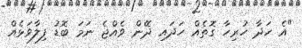
"އެ ހަދާ ހުރިހާ ގޮތެއް ހަދައި ދޭން ވެއްޖެ ނަމަ ބޮޑު ފިލާވަޅެއް